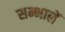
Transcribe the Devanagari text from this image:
सम्भालें